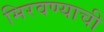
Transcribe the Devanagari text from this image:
मिरवण्याची